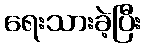
ရေးသားခဲ့ပြီး